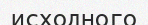
исходного